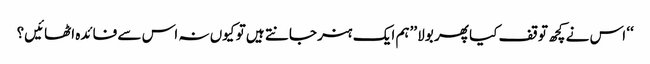
‘‘ اس نے کچھ توقف کیا پھر بولا ’’ہم ایک ہنر جانتے ہیں تو کیوں نہ اس سے فائدہ اٹھائیں؟